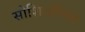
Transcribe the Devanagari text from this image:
सोशिअॅलिस